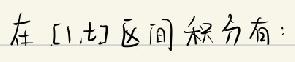
在 $[1,t]$ 区间积分有：